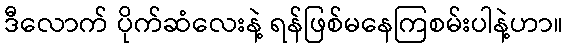
ဒီလောက် ပိုက်ဆံလေးနဲ့ ရန်ဖြစ်မနေကြစမ်းပါနဲ့ဟာ။